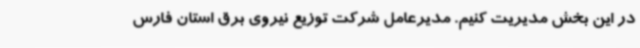
در این بخش مدیریت کنیم. مدیرعامل شرکت توزیع نیروی برق استان فارس